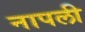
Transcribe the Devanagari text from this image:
नापली